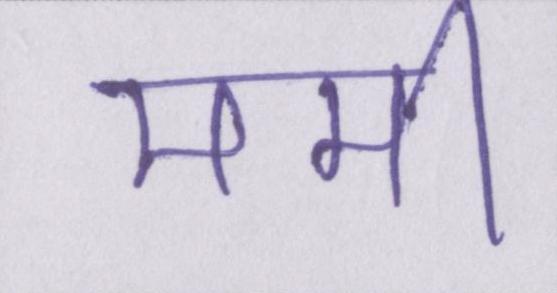
ममी